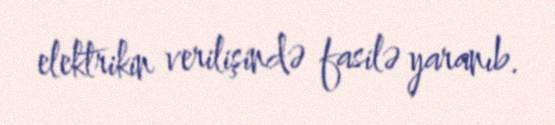
elektrikin verilişində fasilə yaranıb.